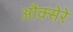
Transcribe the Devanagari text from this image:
औक्सेरे